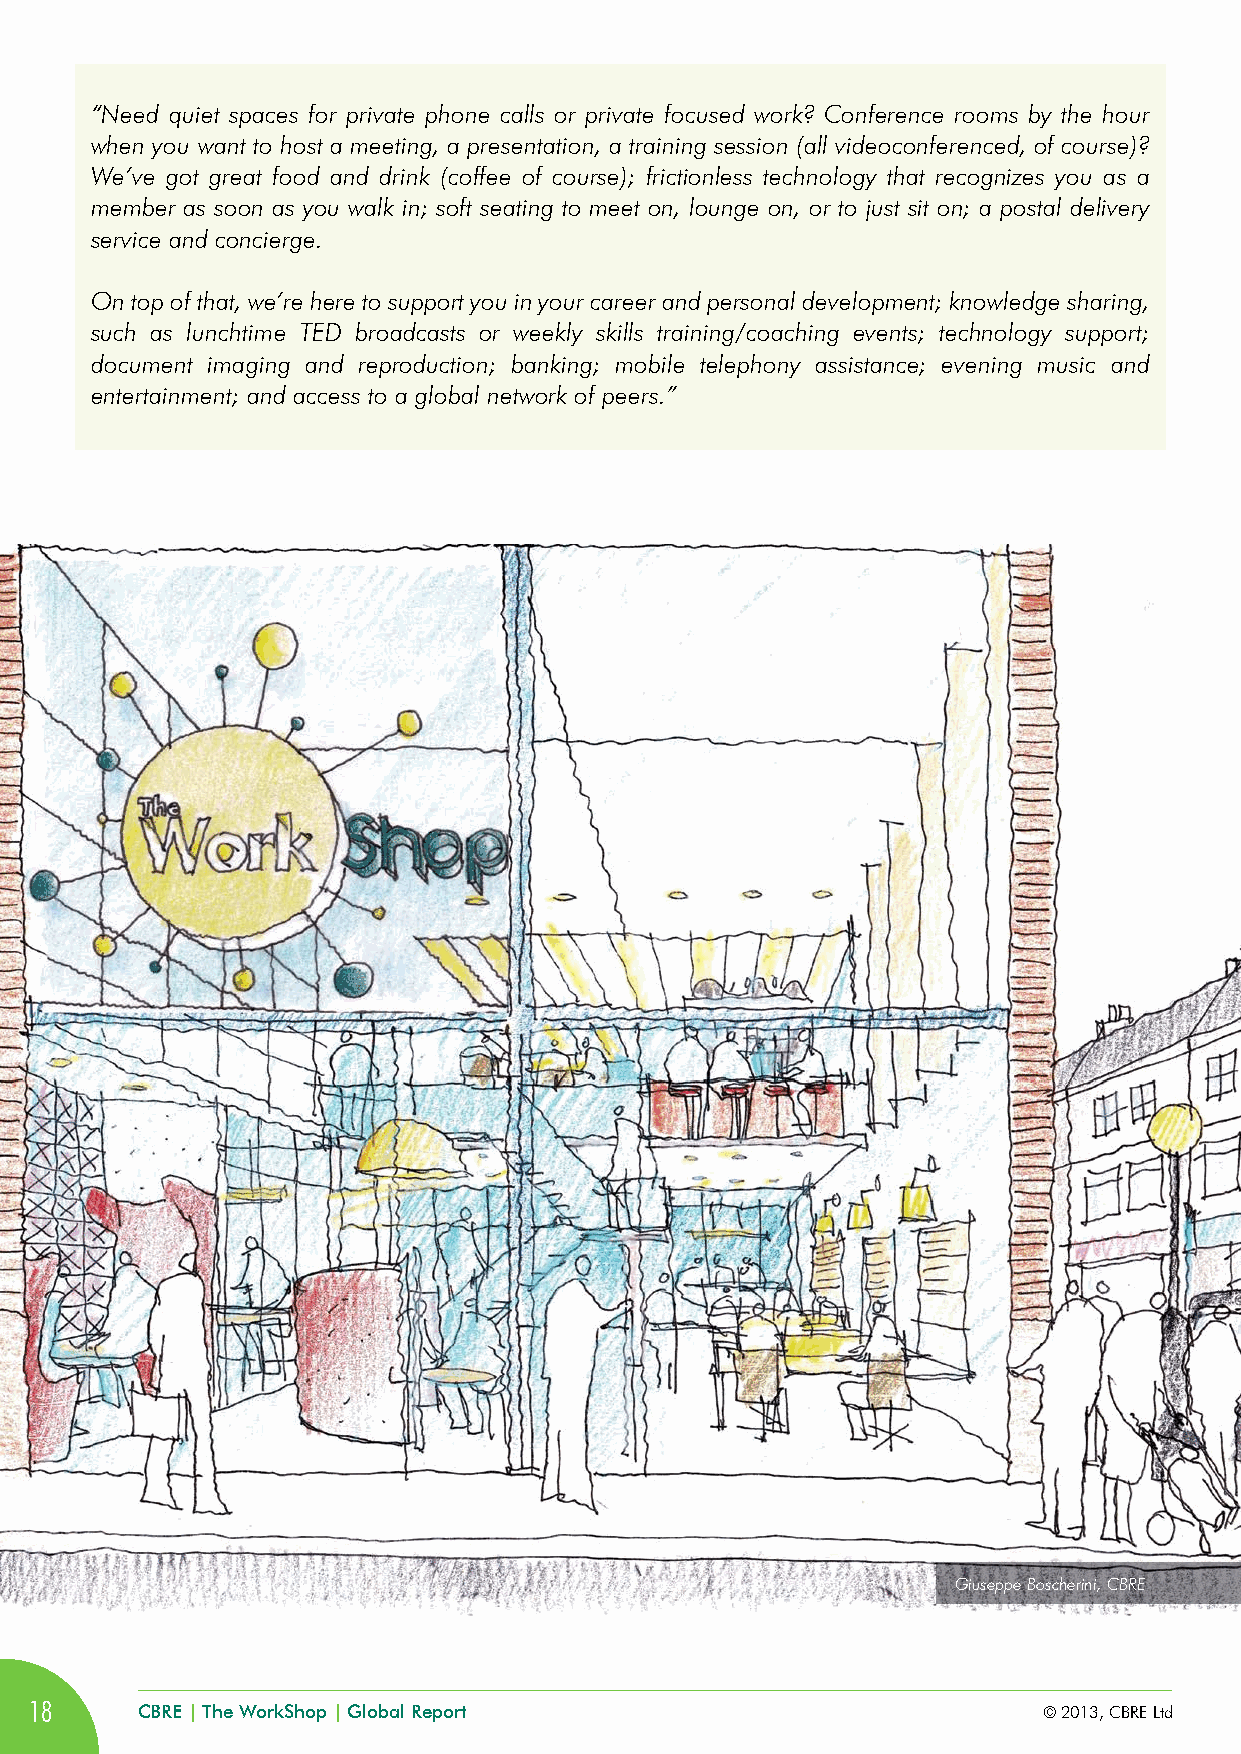
“Need quiet spaces for private phone calls or private focused work? Conference rooms by the hour
 when you want to host a meeting, a presentation, a training session (all videoconferenced, of course)?
 We’ve got great food and drink (coffee of course); frictionless technology that recognizes you as a
 member as soon as you walk in; soft seating to meet on, lounge on, or to just sit on; a postal delivery
 service and concierge.
 On top of that, we’re here to support you in your career and personal development; knowledge sharing,
 such as lunchtime TED broadcasts or weekly skills training/coaching events; technology support;
 document imaging and reproduction; banking; mobile telephony assistance; evening music and
 entertainment; and access to a global network of peers.”
 Giuseppe Boscherini, CBRE
 18     CBRE | The WorkShop | Global Report                         © 2013, CBRE Ltd